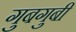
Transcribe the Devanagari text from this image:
गुबगुबी